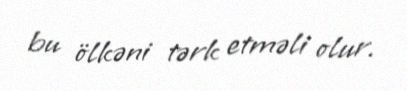
bu ölkəni tərk etməli olur.